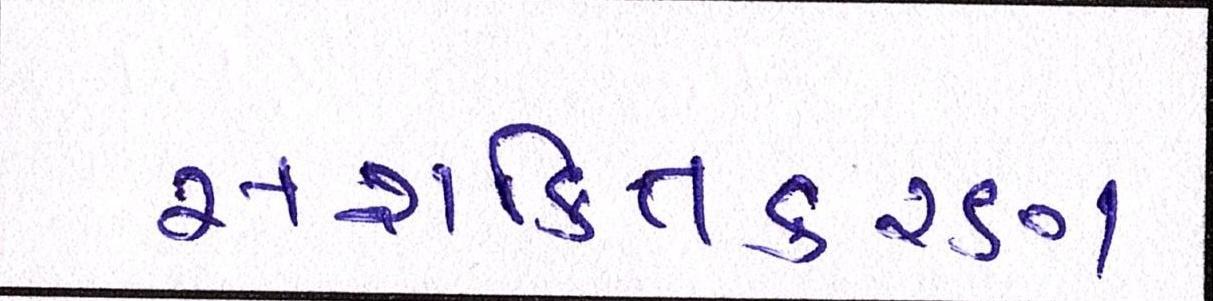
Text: સશક્તિકરણ